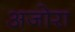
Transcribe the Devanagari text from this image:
अजोरा